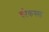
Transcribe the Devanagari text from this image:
कौकस्स